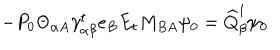
- P _ { 0 } \Theta _ { \alpha A } \gamma _ { \alpha \beta } ^ { t } e _ { B } E _ { t } M _ { B A } \psi _ { 0 } = \widehat { Q } _ { \beta } ^ { 1 } \psi _ { 0 }